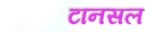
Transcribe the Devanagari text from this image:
टानसल